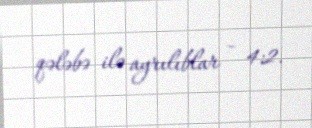
qələbə ilə ayrılıblar – 4:2.